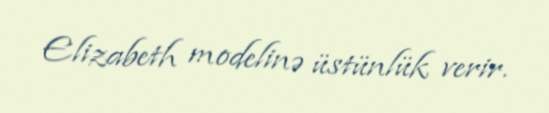
Elizabeth modelinə üstünlük verir.